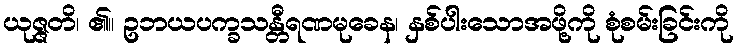
ယုဇ္ဇတိ၊ ၏။ ဥဘယပက္ခသန္တီရဏမုခေန၊ နှစ်ပါးသောအဖို့ကို စုံစမ်းခြင်းကို